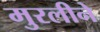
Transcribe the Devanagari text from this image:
मुरलीने